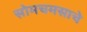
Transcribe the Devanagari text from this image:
सोमचमसाचे